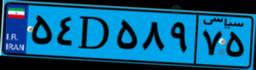
۵۴D۵۸۹۷۵